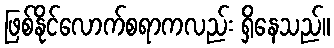
ဖြစ်နိုင်လောက်စရာကလည်း ရှိနေသည်။